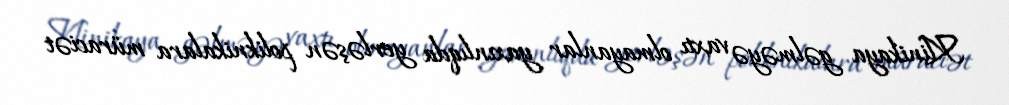
Klinikaya gəlməyə vaxtı olmayanlar yaxınlıqda yerləşən poliknikalara müraciət